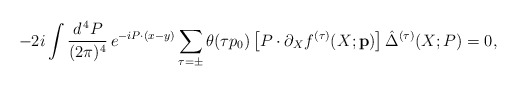
\begin{align*}- 2 i \int \frac{d^{\, 4} P}{(2 \pi)^4} \, e^{- i P \cdot (x - y)} \sum_{\tau = \pm} \theta (\tau p_0) \left[ P \cdot \partial_X f^{(\tau)} (X; {\bf p}) \right] \hat{\Delta}^{(\tau)} (X; P) = 0 , \end{align*}